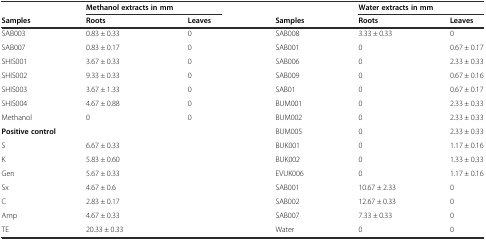
<table><thead><tr><td></td><td colspan="2"><b>Methanol extracts in mm</b></td><td></td><td colspan="2"><b>Water extracts in mm</b></td></tr><tr><td><b>Samples</b></td><td><b>Roots</b></td><td><b>Leaves</b></td><td><b>Samples</b></td><td><b>Roots</b></td><td><b>Leaves</b></td></tr></thead><tbody><tr><td>SAB003</td><td>0.83 ± 0.33</td><td>0</td><td>SAB008</td><td>3.33 ± 0.33</td><td>0</td></tr><tr><td>SAB007</td><td>0.83 ± 0.17</td><td>0</td><td>SAB001</td><td>0</td><td>0.67 ± 0.17</td></tr><tr><td>SHIS001</td><td>3.67 ± 0.33</td><td>0</td><td>SAB006</td><td>0</td><td>2.33 ± 0.33</td></tr><tr><td>SHIS002</td><td>9.33 ± 0.33</td><td>0</td><td>SAB009</td><td>0</td><td>0.67 ± 0.16</td></tr><tr><td>SHIS003</td><td>3.67 ± 1.33</td><td>0</td><td>SAB01</td><td>0</td><td>0.67 ± 0.17</td></tr><tr><td>SHIS004</td><td>4.67 ± 0.88</td><td>0</td><td>BUM001</td><td>0</td><td>2.33 ± 0.33</td></tr><tr><td>Methanol</td><td>0</td><td>0</td><td>BUM002</td><td>0</td><td>2.33 ± 0.33</td></tr><tr><td colspan="3"><b>Positive control</b></td><td>BUM005</td><td>0</td><td>2.33 ± 0.33</td></tr><tr><td>S</td><td>6.67 ± 0.33</td><td></td><td>BUK001</td><td>0</td><td>1.17 ± 0.16</td></tr><tr><td>K</td><td>5.83 ± 0.60</td><td></td><td>BUK002</td><td>0</td><td>1.33 ± 0.33</td></tr><tr><td>Gen</td><td>5.67 ± 0.33</td><td></td><td>EVUK006</td><td>0</td><td>1.17 ± 0.16</td></tr><tr><td>Sx</td><td>4.67 ± 0.6</td><td></td><td>SAB001</td><td>10.67 ± 2.33</td><td>0</td></tr><tr><td>C</td><td>2.83 ± 0.17</td><td></td><td>SAB002</td><td>12.67 ± 0.33</td><td>0</td></tr><tr><td>Amp</td><td>4.67 ± 0.33</td><td></td><td>SAB007</td><td>7.33 ± 0.33</td><td>0</td></tr><tr><td>TE</td><td>20.33 ± 0.33</td><td></td><td>Water</td><td>0</td><td>0</td></tr></tbody></table>